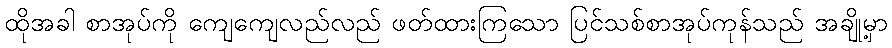
ထိုအခါ စာအုပ်ကို ကျေကျေလည်လည် ဖတ်ထားကြသော ပြင်သစ်စာအုပ်ကုန်သည် အချို့မှာ